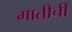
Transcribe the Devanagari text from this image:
मातीचीं